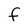
Character: f